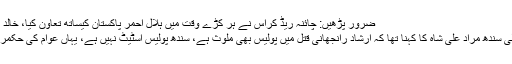
ضرور پڑھیں: چائنہ ریڈ کراس نے ہر کڑے وقت میں ہلال احمر پاکستان کیساتھ تعاون کیا، خالد بن مجید
وزیراعلیٰ سندھ مراد علی شاہ کا کہنا تھا کہ ارشاد رانجھانی قتل میں پولیس بھی ملوث ہے، سندھ پولیس اسٹیٹ نہیں ہے، یہاں عوام کی حکمرانی ہے۔